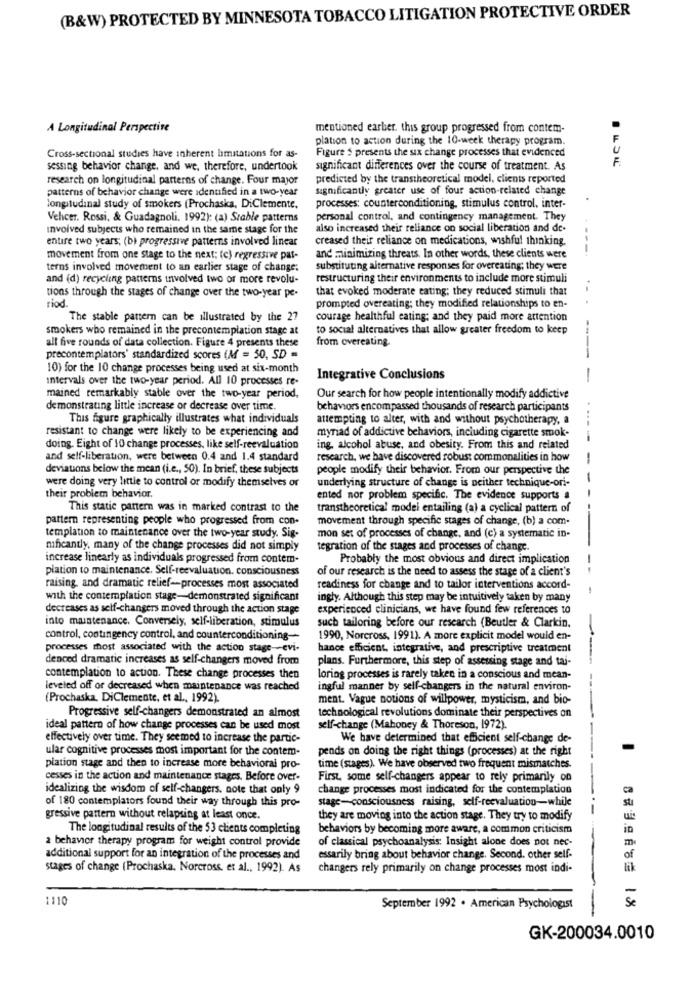
(B&W) PROTECTED BY MINNESOTA TOBACCO LITIGATION PROTECTIVE ORDER
A Longitudinal Perspective
mentioned earber. this group progressed from contem-
plation to action during the 10-week therapy program.
Cross-sectional studies have inherent limitations for as-
Figure $ presents the six change processes that evidenced
F
sessing behavior change, and we, therefore, undertook
significant differences over the course of treatment. As
research on longitudinal patterns of change. Four mayor
predicted by the transtheoretical model, clients reported
patterns of behavior change were identified in a two-year
significantly greater use of four action-related change
longitudinal study of smokers (Prochaska, DiClemente,
processes: counterconditioning, stimulus control, inter-
Vehcer. Rossi, & Guadagnoli. 1992): (a) Stable patterns
personal control, and contingency management. They
Involved subjects who remained in the same stage for the
also increased their reliance on social liberation and de-
entire two years; (b) progressive patterns involved linear
creased their reliance on medications, wishful thinking.
movement from one stage to the next: (e) regressive pat-
and minimizing threats. In other words, these clients were
terns involved movement to an earlier stage of change:
substituting alternative responses for overeating; they were
and (d) recycling patterns involved two or more revolu-
restructuring their environments to include more stimuli
tions through the stages of change over the two-year pe-
that evoked moderate eating; they reduced stimuli that
riod.
prompted overeating; they modified relationships to en-
The stable pattern can be illustrated by the 27
courage healthful eating; and they paid more attention
smokers who remained in the precontemplation stage at
to social alternatives that allow greater freedom to keep
all five rounds of data collection. Figure 4 presents these
from overeating.
precontemplators' standardized scores (M = 50, SD =
----
10) for the 10 change processes being used at six-month
intervals over the two-year period. All 10 processes re-
Integrative Conclusions
-
mained remarkably stable over the two-year period,
Our search for how people intentionally modify addictive
demonstrating little increase or decrease over time.
behaviors encompassed thousands of research participants
This figure graphically illustrates what individuals
attempting to alter, with and without psychotherapy, a
resistant to change were likely to be experiencing and
myriad of addictive behaviors, including cigarette smok-
doing. Eight of 10 change processes, like self-reevaluation
ing, alcohol abuse, and obesity. From this and related
and self-liberation, were between 0.4 and 1.4 standard
research, we have discovered robust commonalities in how
-
deviations below the mean (i.e ., 50). In brief, these subjects
people modify their behavior. From our perspective the
were doing very little to control or modify themselves or
underlying structure of change is neither technique-ori-
-
their problem behavior.
ented nor problem specific. The evidence supports a
This static pantern was in marked contrast to the
transtheoretical modei entailing (a) a cyclical pattern of
pattern representing people who progressed from con-
movement through specific stages of change, (b) a com-
templation to maintenance over the two-year study. Sig-
mon set of processes of change, and (c) a systematic in-
mificantly, many of the change processes did not simply
tegration of the stages and processes of change.
increase linearly as individuals progressed from contem
Probably the most obvious and direct implication
plation to maintenance. Self-reevaluation. consciousness
of our research is the need to assess the stage of a client's
--
raising, and dramatic relief-processes most associated
readiness for change and to tailor interventions accord-
with the contemplation stage-demonstrated significant
ingly. Although this step may be intuitively taken by many
decreases as self-changers moved through the action stage
experienced clinicians, we have found few references to
into maintenance. Conversely, self-liberation, stimulus
such tailoring before our research (Beutler & Clarkin.
control, contingency control, and counterconditioning --
1990, Norcross, 1991). A more explicit model would en-
processes most associated with the action stage- evi.
bance efficient, integrative, and prescriptive treatment
denced dramatic increases as self-changers moved from
plans. Furthermore, this step of assessing stage and tai-
contemplation to action. These change processes then
loring processes is rarely taken in a conscious and mean-
leveled off or decreased when maintenance was reached
ingful manner by self-changers in the natural environ-
--
(Prochaska, DiClemente, et al ., 1992).
ment. Vague notions of willpower, mysticism, and bio-
Progressive self-changers demonstrated an almost
technological revolutions dominate their perspectives on
ideal pattern of how change processes can be used most
self-change (Mahoney & Thoreson, 1972).
effectively over time. They seemed to increase the partic-
We have determined that efficient self-change de-
ular cognitive processes most important for the contem-
pends on doing the right things (processes) at the right
plation stage and then to increase more behavioral pro-
time (stages). We have observed two frequent mismatches.
cesses in the action and maintenance stages. Before over-
First, some self-changers appear to rely primarily on
idealizing the wisdom of self-changers. note that only 9
change processes most indicated for the contemplation
of 180 contemplators found their way through this pro-
stage-consciousness raising, self-reevaluation-while
gressive pattern without relapsing at least once.
they are moving into the action stage. They try to modify
The longitudinal results of the 53 clients completing
behaviors by becoming more aware, a common criticism
2 behavior therapy program for weight control provide
of classical psychoanalysis: Insight alone does not nec-
additional support for an integration of the processes and
essarily bring about behavior change. Second. other self-
stages of change (Prochaska, Norcross, et al ., 1992). As
changers rely primarily on change processes most indi-
1110
Se
September 1992 . American Psychologist
GK-200034.0010